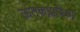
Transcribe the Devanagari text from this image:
ऊतकप्लाविका